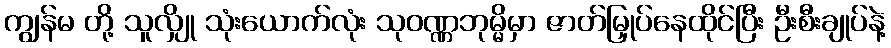
ကျွန်မ တို့ သူလျှို သုံးယောက်လုံး သုဝဏ္ဏဘုမ္မိမှာ ဇာတ်မြှုပ်နေထိုင်ပြီး ဦးစီးချုပ်နဲ့